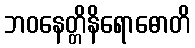
ဘဝနေတ္တိနိရောဓောတိ